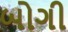
બોગી